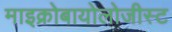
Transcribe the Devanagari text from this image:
माइक्रोबायोलोजीस्ट